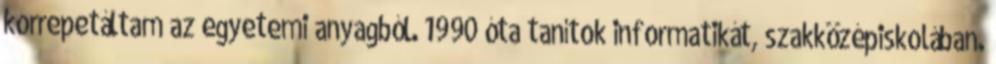
korrepetáltam az egyetemi anyagból. 1990 óta tanítok informatikát, szakközépiskolában.